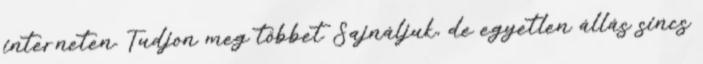
interneten. Tudjon meg többet Sajnáljuk, de egyetlen állás sincs